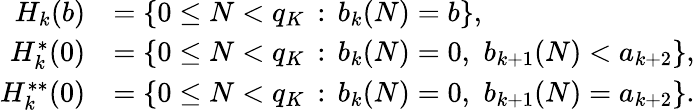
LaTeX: \begin{array}{rl}{H_{k}(b)}&{=\{ 0\le N<q_{K}\, :\, b_{k}(N)=b\} ,}\\ {H_{k}^{*}(0)}&{=\{ 0\le N<q_{K}\, :\, b_{k}(N)=0,\, \, b_{k+1}(N)<a_{k+2}\} ,}\\ {H_{k}^{**}(0)}&{=\{ 0\le N<q_{K}\, :\, b_{k}(N)=0,\, \, b_{k+1}(N)=a_{k+2}\} .}\end{array}